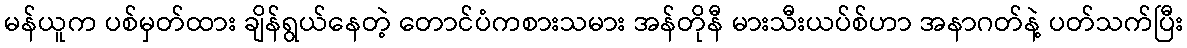
မန်ယူက ပစ်မှတ်ထား ချိန်ရွယ်နေတဲ့ တောင်ပံကစားသမား အန်တိုနီ မားသီးယပ်စ်ဟာ အနာဂတ်နဲ့ ပတ်သက်ပြီး